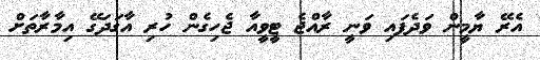
އެރޭ ޔާމީން ވަދެފައި ވަނީ ރާއްޖެ ޓީވީއާ ޖެހިގެން ހުރި އާގަދަގޭ އިމާރާތަށް